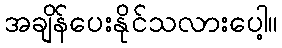
အချိန်ပေးနိုင်သလားပေါ့။